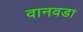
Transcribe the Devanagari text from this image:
वानवडा